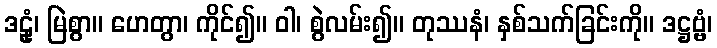
ဒဠုံ၊ မြဲစွာ။ ဟေတွာ၊ ကိုင်၍။ ဝါ၊ စွဲလမ်း၍။ တုဿနံ၊ နှစ်သက်ခြင်းကို။ ဒဋ္ဌဗ္ဗံ၊